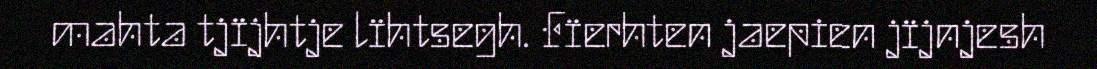
mahta tjïjhtje lïhtsegh. Fïerhten jaepien jïjnjesh